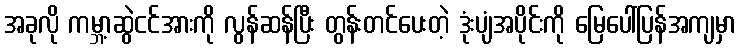
အခုလို ကမ္ဘာ့ဆွဲငင်အားကို လွန်ဆန်ပြီး တွန်းတင်ပေးတဲ့ ဒုံးပျံအပိုင်းကို မြေပေါ်ပြန်အကျမှာ